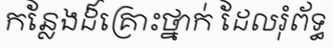
កន្លែងដ៏គ្រោះថ្នាក់ ដែលរុំព័ទ្ធ